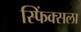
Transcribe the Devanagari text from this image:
स्फिंक्सला